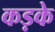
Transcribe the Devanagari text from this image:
कड़के